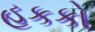
હકકો